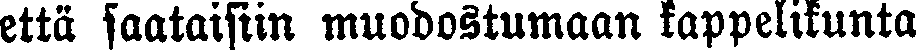
että saataisiin muodostumaan kappelikunta